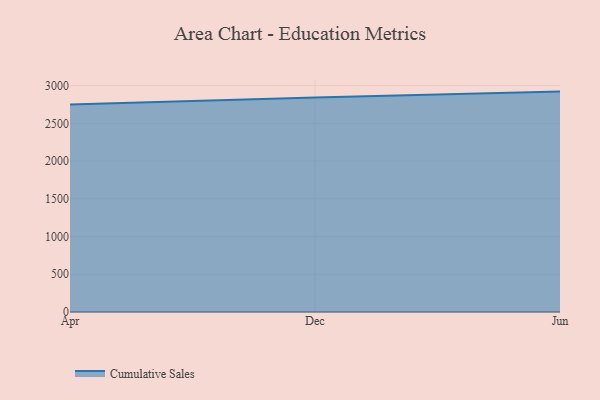
{"axis": {"x": "Month", "y": "Latency (ms)"}, "legend": ["Cumulative Sales"], "data": [{"x": "Apr", "y": 2747.8, "type": "Cumulative Sales"}, {"x": "Dec", "y": 2840.6, "type": "Cumulative Sales"}, {"x": "Jun", "y": 2920.1, "type": "Cumulative Sales"}]}